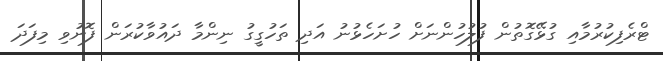
ޓްރެފިކުރުމާއި ގުޅޭގޮތުން ފުލުހުންނަށް ހުށަހެޅުނު އަދި ތަހުގީގު ނިންމާ ދައުވާކުރަން ފޮނުވި މިފަދަ